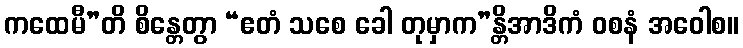
ကထေမီ”တိ စိန္တေတွာ “ဧတံ သစေ ခေါ တုမှာက”န္တိအာဒိကံ ဝစနံ အဝေါစ။